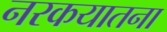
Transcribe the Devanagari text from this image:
नरकयातना